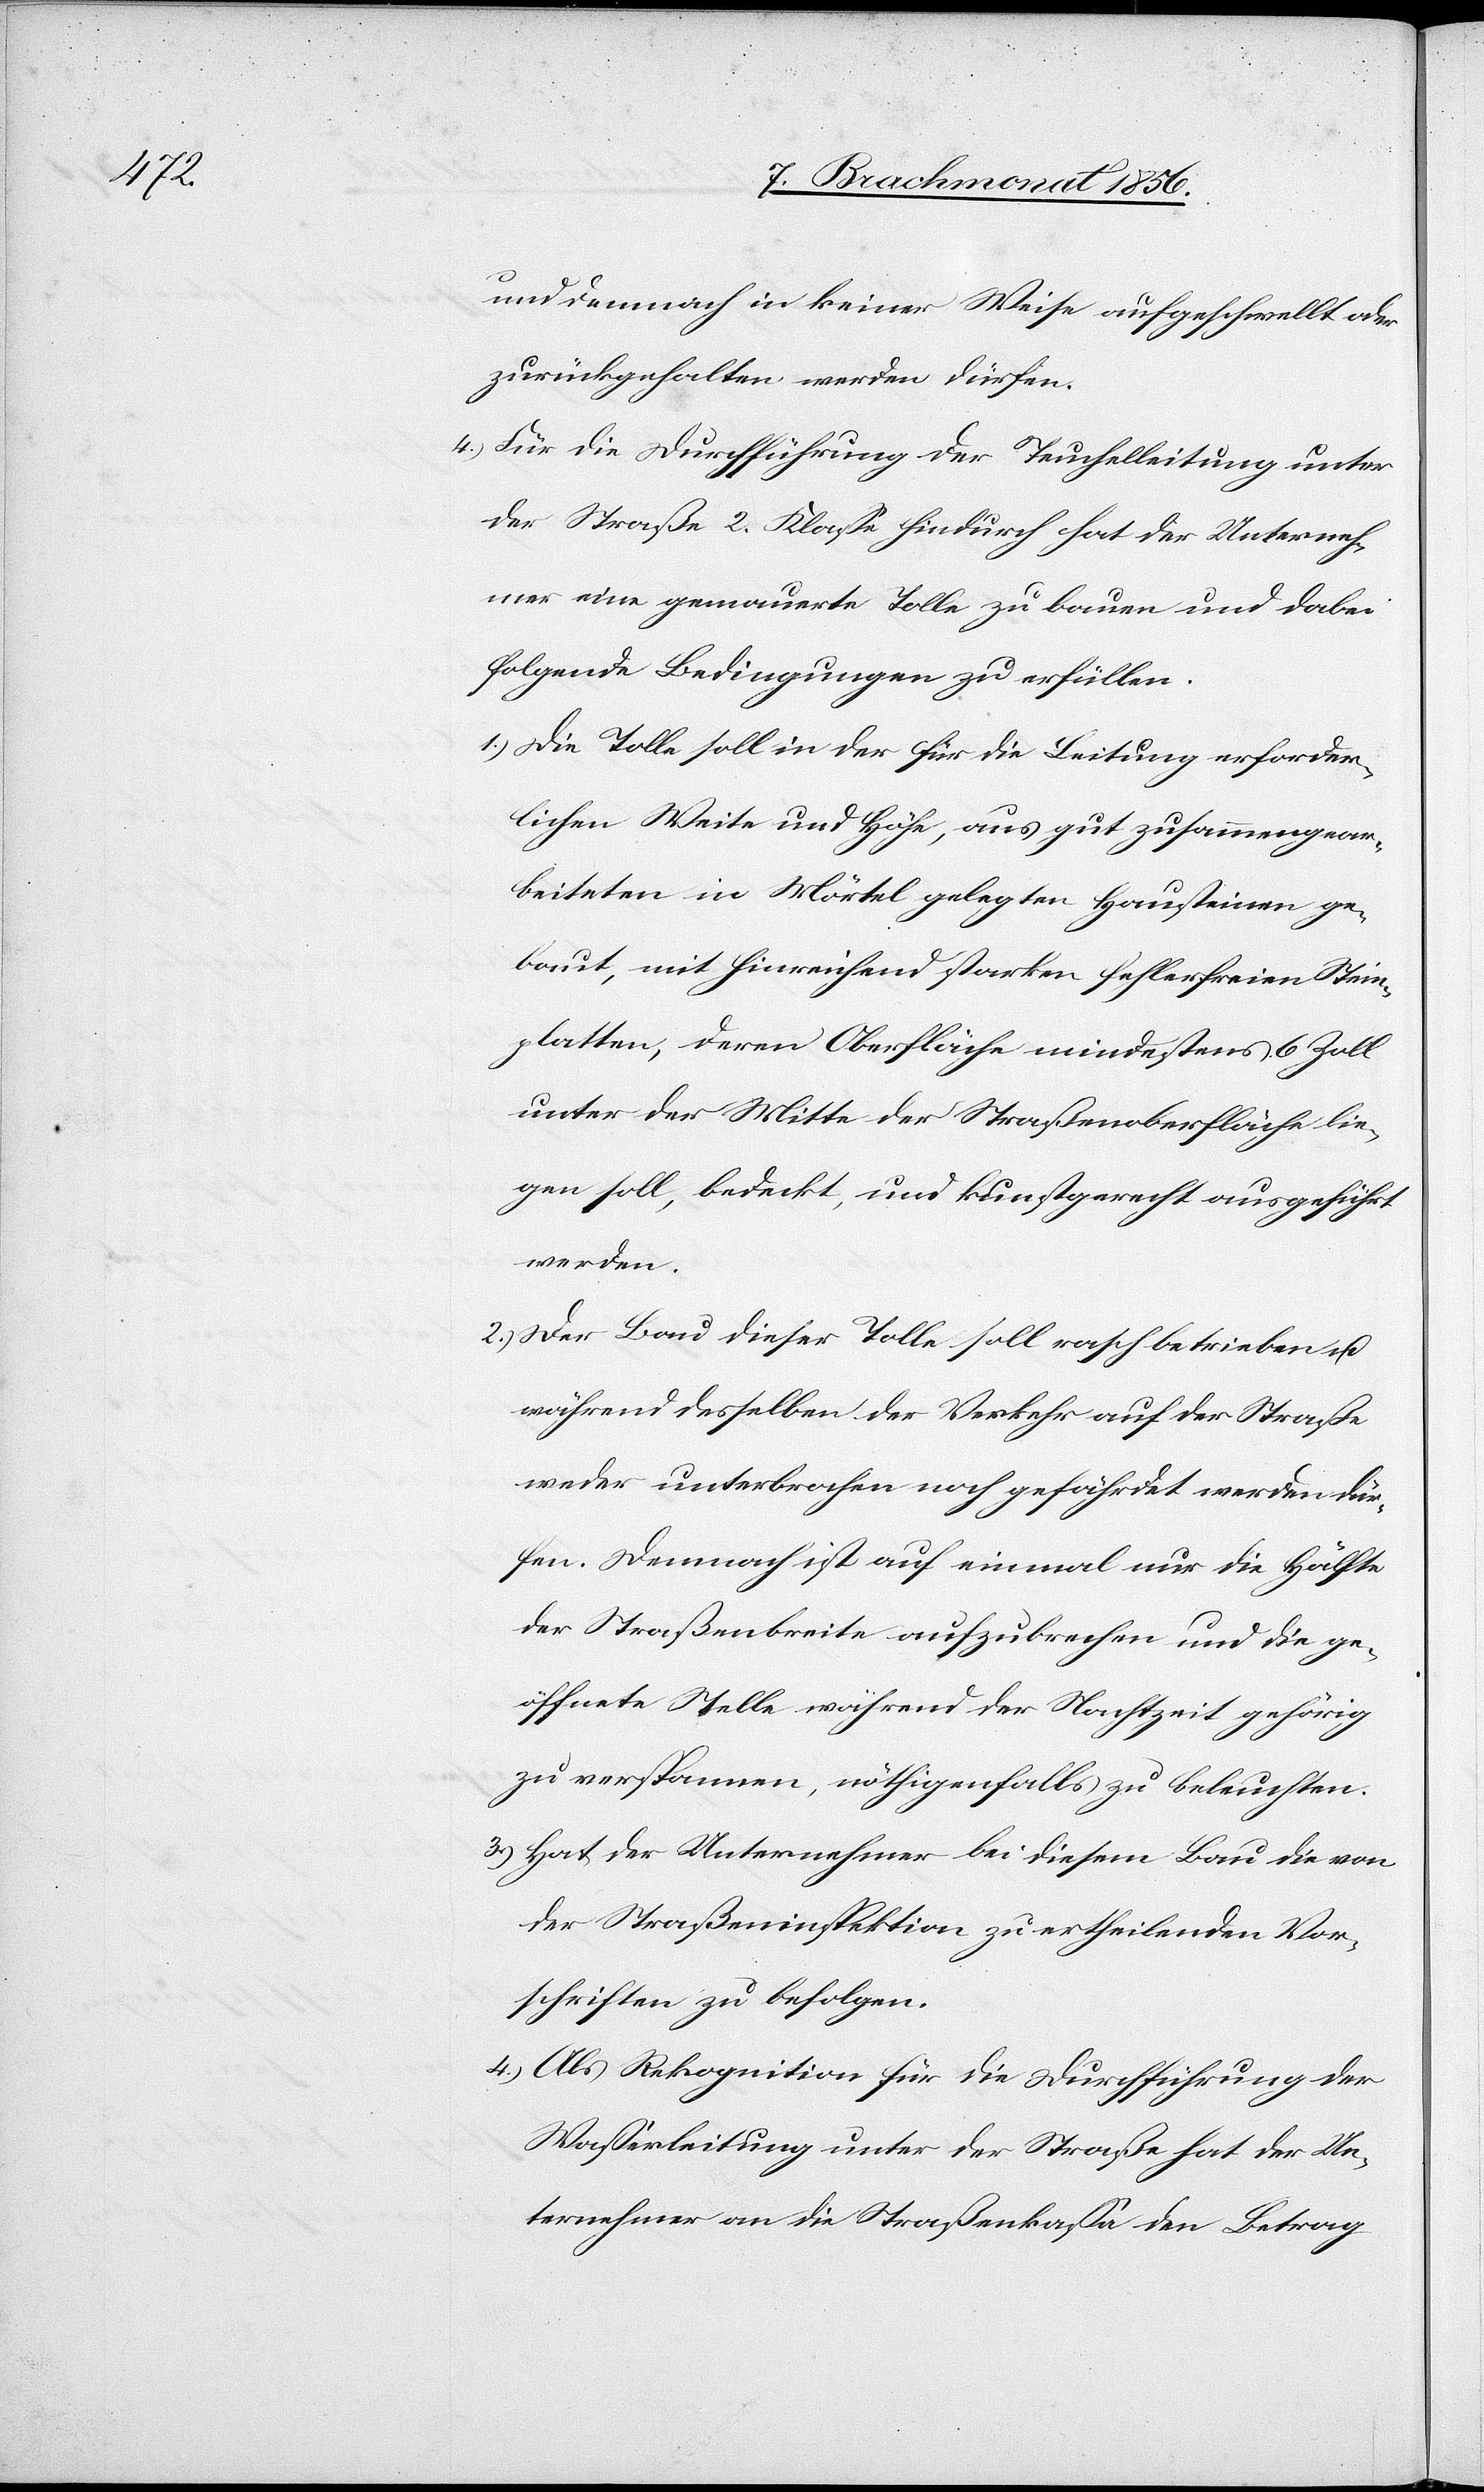
und demnach in keiner Weise aufgeschwellt oder
zurückgehalten werden dürfen.
4.) Für die Durchführung der Teuchelleitung unter
der Straße 2. Klasse hindurch hat der Unterneh¬
mer eine gemauerte Tolle zu bauen und dabei
folgende Bedingungen zu erfüllen.
1.) Die Tolle soll in der für die Leitung erforder¬
lichen Weite und Höhe, aus gut zusammengear¬
beiteten in Mörtel gelegten Hausteinen ge¬
baut, mit hinreichend starken fehlerfreien Stein¬
platten, deren Oberfläche mindestens 6 Zoll
unter der Mitte der Straßenoberfläche lie¬
gen soll, bedeckt, und kunstgerecht ausgeführt
werden.
2.) Der Bau dieser Tolle soll rasch betrieben u.
während desselben der Verkehr auf der Straße
weder unterbrochen noch gefährdet werden dür¬
fen. Demnach ist auf einmal nur die Hälfte
der Straßenbreite aufzubrechen und die ge¬
öffnete Stelle während der Nachtzeit gehörig
zu verspannen, nöthigenfalls zu beleuchten.
3.) Hat der Unternehmer bei diesem Bau die von
der Straßeninspektion zu ertheilenden Vor¬
schriften zu befolgen.
4.) Als Rekognition für die Durchführung der
Wasserleitung unter der Straße hat der Un¬
ternehmer an die Straßenkassa den Betrag